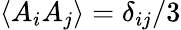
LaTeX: \langle A_{i}A_{j}\rangle=\delta_{ij}/3